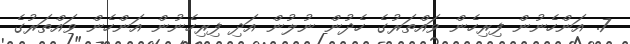
7. އަންހެނުން ފިރިހެން ވައްތަރުގެ ހެދުން ނުލުން އަދި ފިރިހެނުން އަންހެން ވައްތަރުގެ